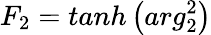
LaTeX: F_{2}=tanh\left(arg_{2}^{2}\right)